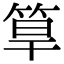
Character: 筸